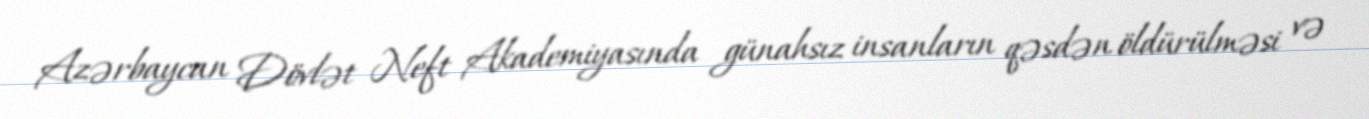
Azərbaycan Dövlət Neft Akademiyasında günahsız insanların qəsdən öldürülməsi və